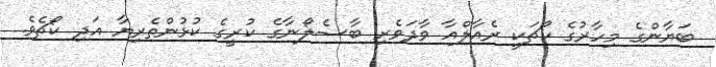
ބަޔާންގެ މިހާރުގެ ކޯޗަކީ ރެއާލްއާ ވާދަވެރި ބާސެލޯނާގެ ކުރީގެ ކުޅުންތެރިޔާ އަދި ކޯޗެވެ.